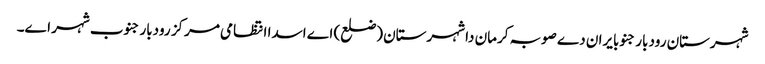
شہرستان رودبار جنوبایران دے صوبہ کرمان دا شہرستان (ضلع) اے اسدا انتظامی مرکز رودبار جنوب شہر اے۔